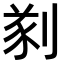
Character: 𠝮